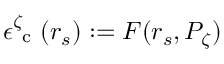
\epsilon _ { \mathrm { ~ c ~ } } ^ { \zeta } ( r _ { s } ) : = F ( r _ { s } , P _ { \zeta } )